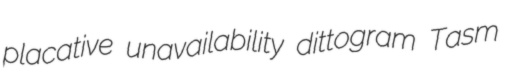
placative unavailability dittogram Tasm